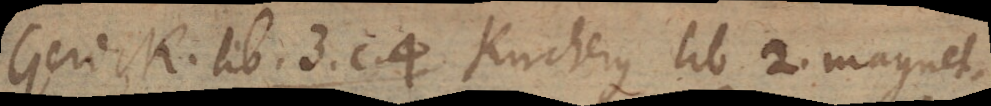
Gerick. lib. 3. c. 4 Kircherus lib 2. magnet.